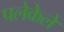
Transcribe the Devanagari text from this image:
पलेकेले